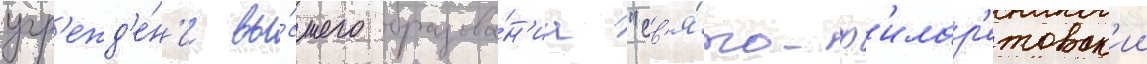
учр'ежд'е́н'ие вы́сшего образова́н'иа "св'я́то-ф'илар'етовск'ии